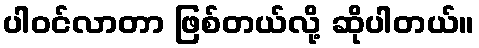
ပါဝင်လာတာ ဖြစ်တယ်လို့ ဆိုပါတယ်။